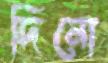
দিনো